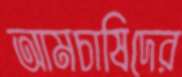
আমচাষিদের